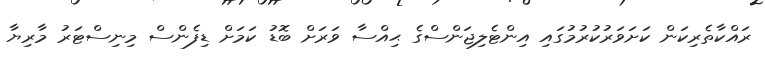
ރައްކާތެރިކަން ކަށަވަރުކުރުމުގައި އިންޓެލިޖަންސްގެ ޙިއްސާ ވަރަށް ބޮޑު ކަމަށް ޑިފެންސް މިނިސްޓަރު މާރިޔާ